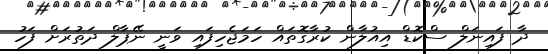
ދާ ފައިނަލް ސްކޮޑް އިއުލާން ކުރާގޮތައް ހަމަޖެހިފައި ވަނީ ނޭޕާލް ދަތުރަށް ފަހު